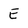
Character: E